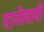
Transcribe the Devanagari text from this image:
राजेवारी